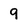
Character: 9